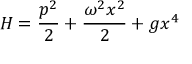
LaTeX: H = \frac { p ^ { 2 } } { 2 } + \frac { \omega ^ { 2 } x ^ { 2 } } { 2 } + g x ^ { 4 }